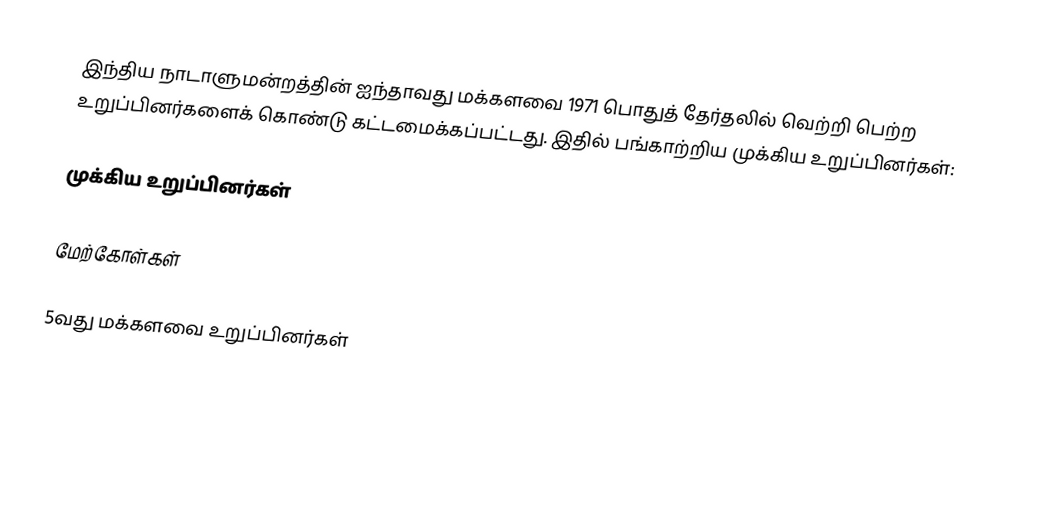
இந்திய நாடாளுமன்றத்தின் ஐந்தாவது மக்களவை 1971 பொதுத் தேர்தலில் வெற்றி பெற்ற உறுப்பினர்களைக் கொண்டு கட்டமைக்கப்பட்டது. இதில் பங்காற்றிய முக்கிய உறுப்பினர்கள்:

முக்கிய உறுப்பினர்கள்

மேற்கோள்கள்

5வது மக்களவை உறுப்பினர்கள்